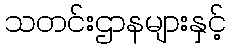
သတင်းဌာနများနှင့်